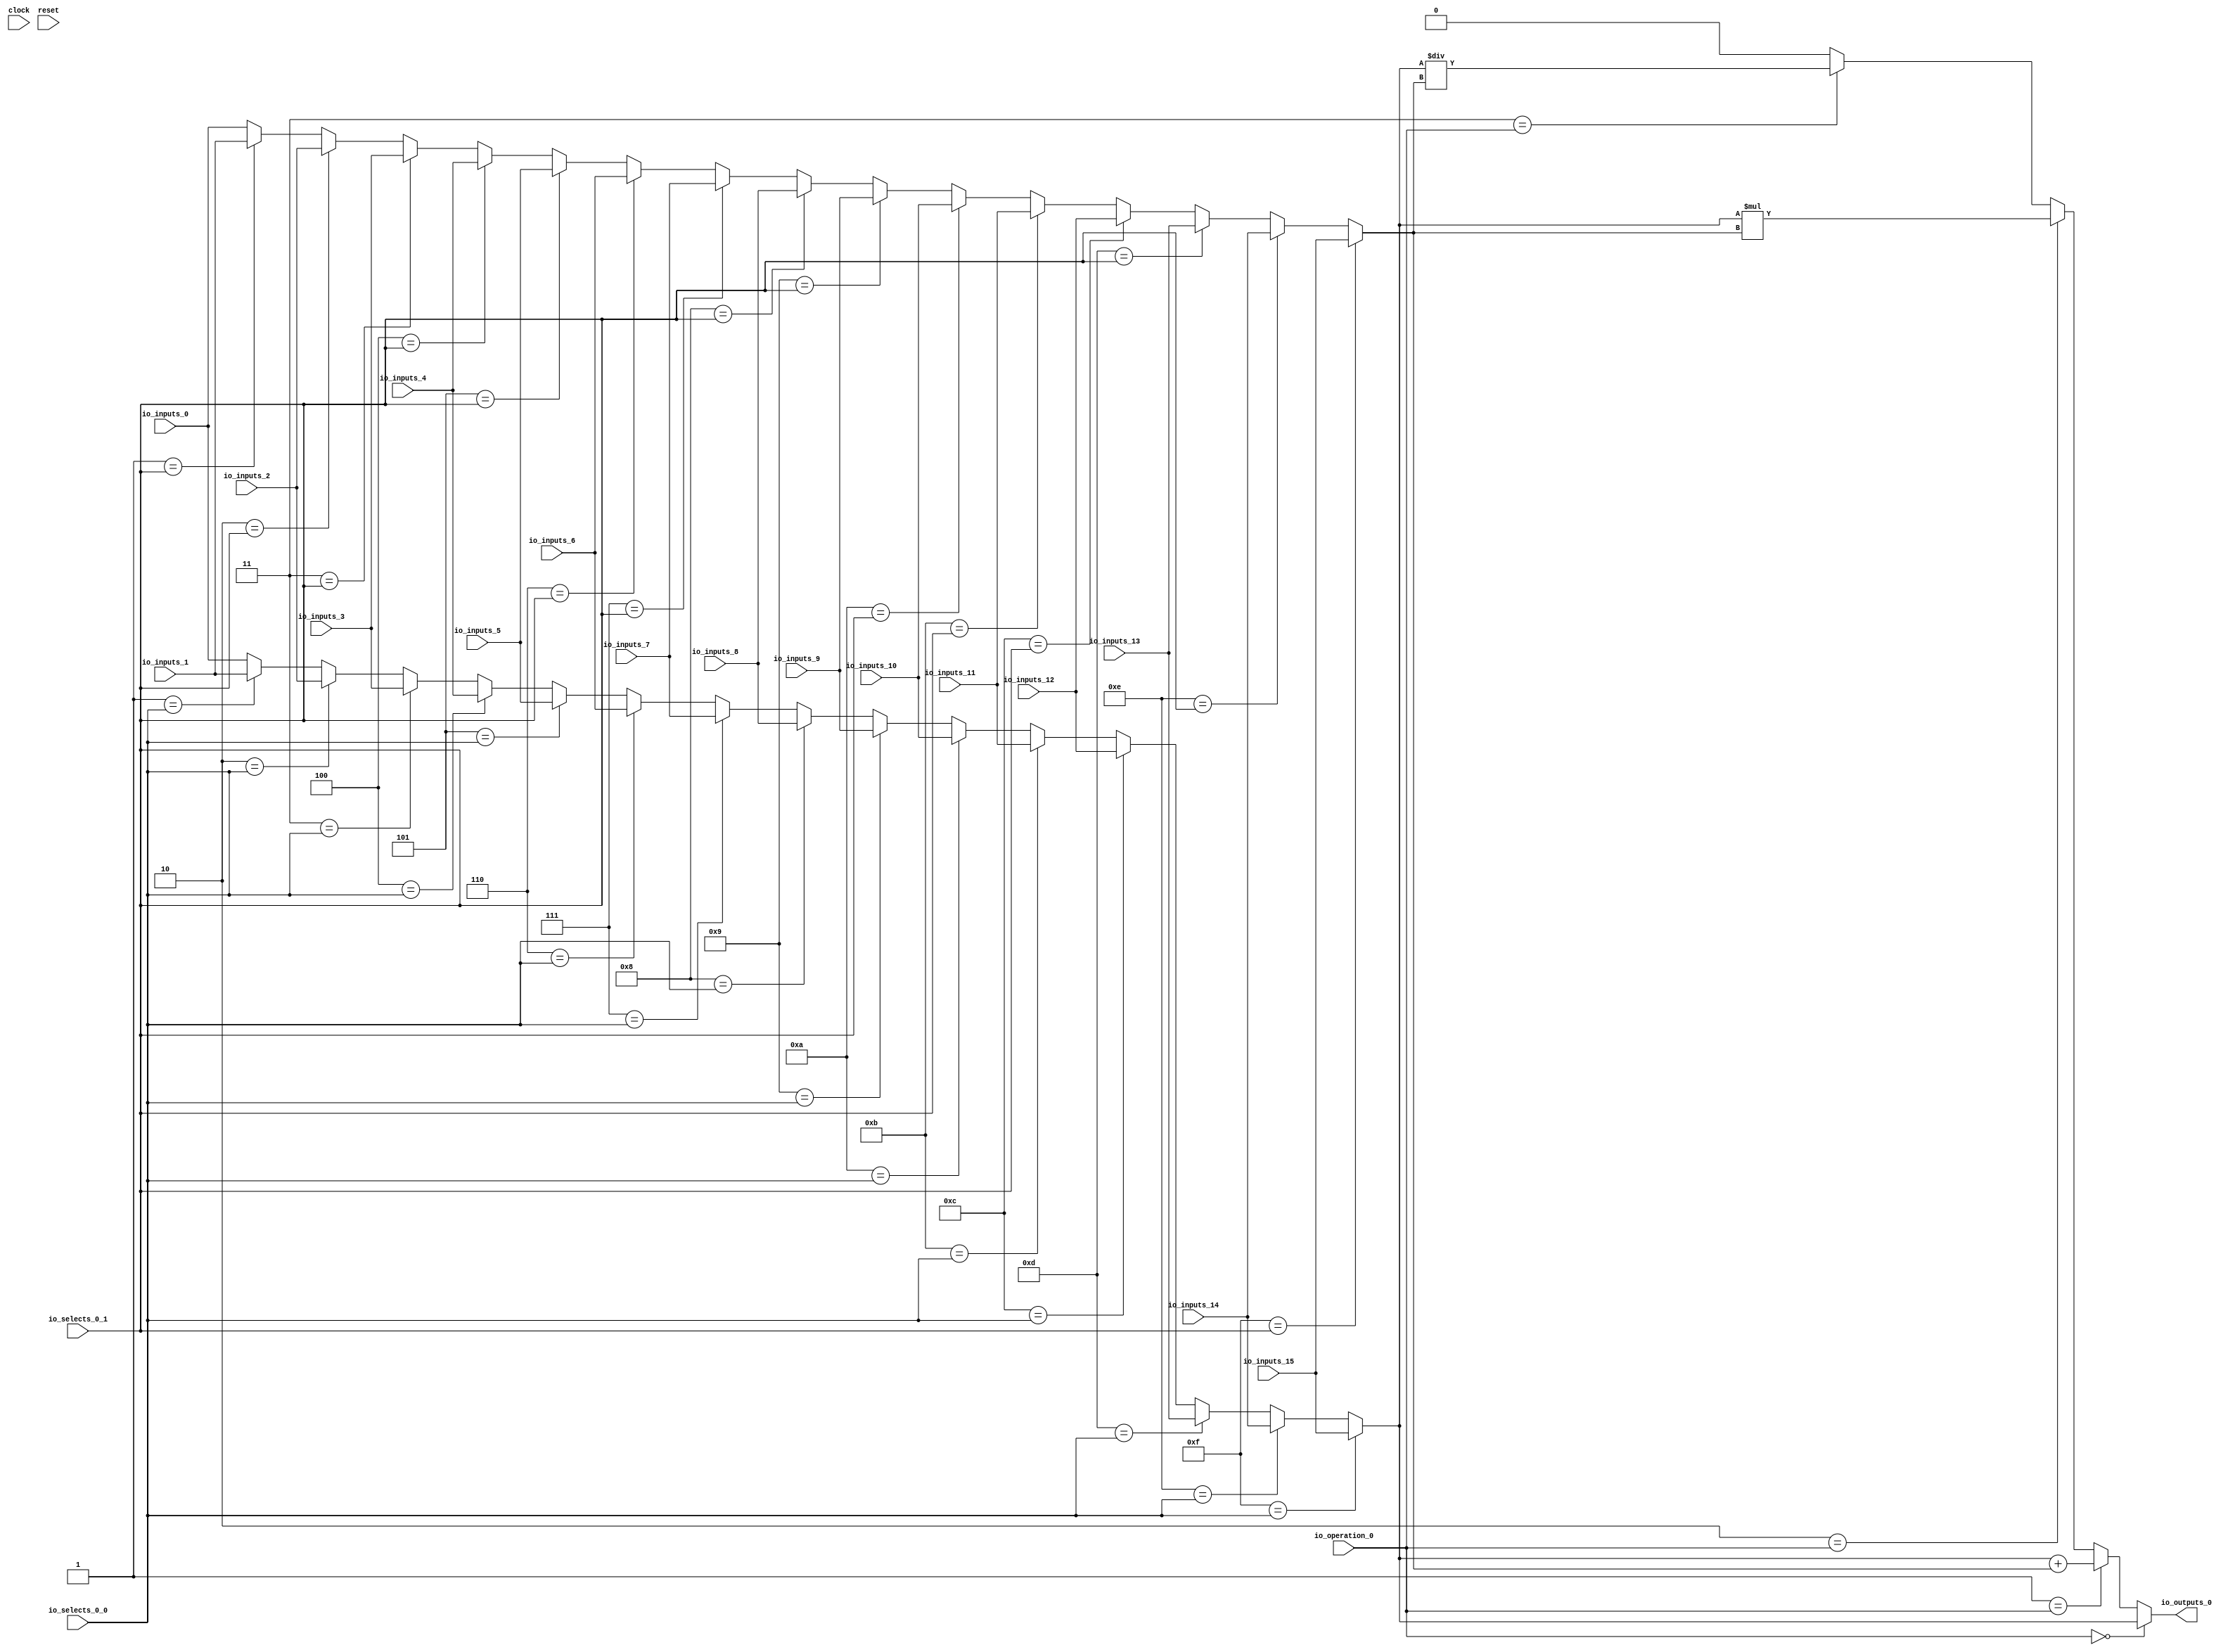
module MuxTest_width_1_inputs_16_outputs_1_pipeline_0( // @[:@3.2]
  input        clock, // @[:@4.4]
  input        reset, // @[:@5.4]
  input  [3:0] io_selects_0_0, // @[:@6.4]
  input  [3:0] io_selects_0_1, // @[:@6.4]
  input  [2:0] io_operation_0, // @[:@6.4]
  input        io_inputs_0, // @[:@6.4]
  input        io_inputs_1, // @[:@6.4]
  input        io_inputs_2, // @[:@6.4]
  input        io_inputs_3, // @[:@6.4]
  input        io_inputs_4, // @[:@6.4]
  input        io_inputs_5, // @[:@6.4]
  input        io_inputs_6, // @[:@6.4]
  input        io_inputs_7, // @[:@6.4]
  input        io_inputs_8, // @[:@6.4]
  input        io_inputs_9, // @[:@6.4]
  input        io_inputs_10, // @[:@6.4]
  input        io_inputs_11, // @[:@6.4]
  input        io_inputs_12, // @[:@6.4]
  input        io_inputs_13, // @[:@6.4]
  input        io_inputs_14, // @[:@6.4]
  input        io_inputs_15, // @[:@6.4]
  output       io_outputs_0 // @[:@6.4]
);
  wire  _GEN_1; // @[MuxTest_width_1_inputs_16_outputs_1_pipeline_0s.scala 32:53:@8.4]
  wire  _GEN_2; // @[MuxTest_width_1_inputs_16_outputs_1_pipeline_0s.scala 32:53:@8.4]
  wire  _GEN_3; // @[MuxTest_width_1_inputs_16_outputs_1_pipeline_0s.scala 32:53:@8.4]
  wire  _GEN_4; // @[MuxTest_width_1_inputs_16_outputs_1_pipeline_0s.scala 32:53:@8.4]
  wire  _GEN_5; // @[MuxTest_width_1_inputs_16_outputs_1_pipeline_0s.scala 32:53:@8.4]
  wire  _GEN_6; // @[MuxTest_width_1_inputs_16_outputs_1_pipeline_0s.scala 32:53:@8.4]
  wire  _GEN_7; // @[MuxTest_width_1_inputs_16_outputs_1_pipeline_0s.scala 32:53:@8.4]
  wire  _GEN_8; // @[MuxTest_width_1_inputs_16_outputs_1_pipeline_0s.scala 32:53:@8.4]
  wire  _GEN_9; // @[MuxTest_width_1_inputs_16_outputs_1_pipeline_0s.scala 32:53:@8.4]
  wire  _GEN_10; // @[MuxTest_width_1_inputs_16_outputs_1_pipeline_0s.scala 32:53:@8.4]
  wire  _GEN_11; // @[MuxTest_width_1_inputs_16_outputs_1_pipeline_0s.scala 32:53:@8.4]
  wire  _GEN_12; // @[MuxTest_width_1_inputs_16_outputs_1_pipeline_0s.scala 32:53:@8.4]
  wire  _GEN_13; // @[MuxTest_width_1_inputs_16_outputs_1_pipeline_0s.scala 32:53:@8.4]
  wire  _GEN_14; // @[MuxTest_width_1_inputs_16_outputs_1_pipeline_0s.scala 32:53:@8.4]
  wire  _GEN_15; // @[MuxTest_width_1_inputs_16_outputs_1_pipeline_0s.scala 32:53:@8.4]
  wire  _GEN_17; // @[MuxTest_width_1_inputs_16_outputs_1_pipeline_0s.scala 32:53:@8.4]
  wire  _GEN_18; // @[MuxTest_width_1_inputs_16_outputs_1_pipeline_0s.scala 32:53:@8.4]
  wire  _GEN_19; // @[MuxTest_width_1_inputs_16_outputs_1_pipeline_0s.scala 32:53:@8.4]
  wire  _GEN_20; // @[MuxTest_width_1_inputs_16_outputs_1_pipeline_0s.scala 32:53:@8.4]
  wire  _GEN_21; // @[MuxTest_width_1_inputs_16_outputs_1_pipeline_0s.scala 32:53:@8.4]
  wire  _GEN_22; // @[MuxTest_width_1_inputs_16_outputs_1_pipeline_0s.scala 32:53:@8.4]
  wire  _GEN_23; // @[MuxTest_width_1_inputs_16_outputs_1_pipeline_0s.scala 32:53:@8.4]
  wire  _GEN_24; // @[MuxTest_width_1_inputs_16_outputs_1_pipeline_0s.scala 32:53:@8.4]
  wire  _GEN_25; // @[MuxTest_width_1_inputs_16_outputs_1_pipeline_0s.scala 32:53:@8.4]
  wire  _GEN_26; // @[MuxTest_width_1_inputs_16_outputs_1_pipeline_0s.scala 32:53:@8.4]
  wire  _GEN_27; // @[MuxTest_width_1_inputs_16_outputs_1_pipeline_0s.scala 32:53:@8.4]
  wire  _GEN_28; // @[MuxTest_width_1_inputs_16_outputs_1_pipeline_0s.scala 32:53:@8.4]
  wire  _GEN_29; // @[MuxTest_width_1_inputs_16_outputs_1_pipeline_0s.scala 32:53:@8.4]
  wire  _GEN_30; // @[MuxTest_width_1_inputs_16_outputs_1_pipeline_0s.scala 32:53:@8.4]
  wire  _GEN_31; // @[MuxTest_width_1_inputs_16_outputs_1_pipeline_0s.scala 32:53:@8.4]
  wire [1:0] _T_152; // @[MuxTest_width_1_inputs_16_outputs_1_pipeline_0s.scala 32:53:@8.4]
  wire  _T_153; // @[MuxTest_width_1_inputs_16_outputs_1_pipeline_0s.scala 32:53:@9.4]
  wire [1:0] _T_155; // @[MuxTest_width_1_inputs_16_outputs_1_pipeline_0s.scala 33:58:@10.4]
  wire  _T_157; // @[MuxTest_width_1_inputs_16_outputs_1_pipeline_0s.scala 34:56:@11.4]
  wire  _T_158; // @[Mux.scala 46:19:@12.4]
  wire  _T_159; // @[Mux.scala 46:16:@13.4]
  wire  _T_160; // @[Mux.scala 46:19:@14.4]
  wire [1:0] _T_161; // @[Mux.scala 46:16:@15.4]
  wire  _T_162; // @[Mux.scala 46:19:@16.4]
  wire [1:0] _T_163; // @[Mux.scala 46:16:@17.4]
  wire  _T_164; // @[Mux.scala 46:19:@18.4]
  wire [1:0] _T_165; // @[Mux.scala 46:16:@19.4]
  assign _GEN_1 = 4'h1 == io_selects_0_0 ? io_inputs_1 : io_inputs_0; // @[MuxTest_width_1_inputs_16_outputs_1_pipeline_0s.scala 32:53:@8.4]
  assign _GEN_2 = 4'h2 == io_selects_0_0 ? io_inputs_2 : _GEN_1; // @[MuxTest_width_1_inputs_16_outputs_1_pipeline_0s.scala 32:53:@8.4]
  assign _GEN_3 = 4'h3 == io_selects_0_0 ? io_inputs_3 : _GEN_2; // @[MuxTest_width_1_inputs_16_outputs_1_pipeline_0s.scala 32:53:@8.4]
  assign _GEN_4 = 4'h4 == io_selects_0_0 ? io_inputs_4 : _GEN_3; // @[MuxTest_width_1_inputs_16_outputs_1_pipeline_0s.scala 32:53:@8.4]
  assign _GEN_5 = 4'h5 == io_selects_0_0 ? io_inputs_5 : _GEN_4; // @[MuxTest_width_1_inputs_16_outputs_1_pipeline_0s.scala 32:53:@8.4]
  assign _GEN_6 = 4'h6 == io_selects_0_0 ? io_inputs_6 : _GEN_5; // @[MuxTest_width_1_inputs_16_outputs_1_pipeline_0s.scala 32:53:@8.4]
  assign _GEN_7 = 4'h7 == io_selects_0_0 ? io_inputs_7 : _GEN_6; // @[MuxTest_width_1_inputs_16_outputs_1_pipeline_0s.scala 32:53:@8.4]
  assign _GEN_8 = 4'h8 == io_selects_0_0 ? io_inputs_8 : _GEN_7; // @[MuxTest_width_1_inputs_16_outputs_1_pipeline_0s.scala 32:53:@8.4]
  assign _GEN_9 = 4'h9 == io_selects_0_0 ? io_inputs_9 : _GEN_8; // @[MuxTest_width_1_inputs_16_outputs_1_pipeline_0s.scala 32:53:@8.4]
  assign _GEN_10 = 4'ha == io_selects_0_0 ? io_inputs_10 : _GEN_9; // @[MuxTest_width_1_inputs_16_outputs_1_pipeline_0s.scala 32:53:@8.4]
  assign _GEN_11 = 4'hb == io_selects_0_0 ? io_inputs_11 : _GEN_10; // @[MuxTest_width_1_inputs_16_outputs_1_pipeline_0s.scala 32:53:@8.4]
  assign _GEN_12 = 4'hc == io_selects_0_0 ? io_inputs_12 : _GEN_11; // @[MuxTest_width_1_inputs_16_outputs_1_pipeline_0s.scala 32:53:@8.4]
  assign _GEN_13 = 4'hd == io_selects_0_0 ? io_inputs_13 : _GEN_12; // @[MuxTest_width_1_inputs_16_outputs_1_pipeline_0s.scala 32:53:@8.4]
  assign _GEN_14 = 4'he == io_selects_0_0 ? io_inputs_14 : _GEN_13; // @[MuxTest_width_1_inputs_16_outputs_1_pipeline_0s.scala 32:53:@8.4]
  assign _GEN_15 = 4'hf == io_selects_0_0 ? io_inputs_15 : _GEN_14; // @[MuxTest_width_1_inputs_16_outputs_1_pipeline_0s.scala 32:53:@8.4]
  assign _GEN_17 = 4'h1 == io_selects_0_1 ? io_inputs_1 : io_inputs_0; // @[MuxTest_width_1_inputs_16_outputs_1_pipeline_0s.scala 32:53:@8.4]
  assign _GEN_18 = 4'h2 == io_selects_0_1 ? io_inputs_2 : _GEN_17; // @[MuxTest_width_1_inputs_16_outputs_1_pipeline_0s.scala 32:53:@8.4]
  assign _GEN_19 = 4'h3 == io_selects_0_1 ? io_inputs_3 : _GEN_18; // @[MuxTest_width_1_inputs_16_outputs_1_pipeline_0s.scala 32:53:@8.4]
  assign _GEN_20 = 4'h4 == io_selects_0_1 ? io_inputs_4 : _GEN_19; // @[MuxTest_width_1_inputs_16_outputs_1_pipeline_0s.scala 32:53:@8.4]
  assign _GEN_21 = 4'h5 == io_selects_0_1 ? io_inputs_5 : _GEN_20; // @[MuxTest_width_1_inputs_16_outputs_1_pipeline_0s.scala 32:53:@8.4]
  assign _GEN_22 = 4'h6 == io_selects_0_1 ? io_inputs_6 : _GEN_21; // @[MuxTest_width_1_inputs_16_outputs_1_pipeline_0s.scala 32:53:@8.4]
  assign _GEN_23 = 4'h7 == io_selects_0_1 ? io_inputs_7 : _GEN_22; // @[MuxTest_width_1_inputs_16_outputs_1_pipeline_0s.scala 32:53:@8.4]
  assign _GEN_24 = 4'h8 == io_selects_0_1 ? io_inputs_8 : _GEN_23; // @[MuxTest_width_1_inputs_16_outputs_1_pipeline_0s.scala 32:53:@8.4]
  assign _GEN_25 = 4'h9 == io_selects_0_1 ? io_inputs_9 : _GEN_24; // @[MuxTest_width_1_inputs_16_outputs_1_pipeline_0s.scala 32:53:@8.4]
  assign _GEN_26 = 4'ha == io_selects_0_1 ? io_inputs_10 : _GEN_25; // @[MuxTest_width_1_inputs_16_outputs_1_pipeline_0s.scala 32:53:@8.4]
  assign _GEN_27 = 4'hb == io_selects_0_1 ? io_inputs_11 : _GEN_26; // @[MuxTest_width_1_inputs_16_outputs_1_pipeline_0s.scala 32:53:@8.4]
  assign _GEN_28 = 4'hc == io_selects_0_1 ? io_inputs_12 : _GEN_27; // @[MuxTest_width_1_inputs_16_outputs_1_pipeline_0s.scala 32:53:@8.4]
  assign _GEN_29 = 4'hd == io_selects_0_1 ? io_inputs_13 : _GEN_28; // @[MuxTest_width_1_inputs_16_outputs_1_pipeline_0s.scala 32:53:@8.4]
  assign _GEN_30 = 4'he == io_selects_0_1 ? io_inputs_14 : _GEN_29; // @[MuxTest_width_1_inputs_16_outputs_1_pipeline_0s.scala 32:53:@8.4]
  assign _GEN_31 = 4'hf == io_selects_0_1 ? io_inputs_15 : _GEN_30; // @[MuxTest_width_1_inputs_16_outputs_1_pipeline_0s.scala 32:53:@8.4]
  assign _T_152 = _GEN_15 + _GEN_31; // @[MuxTest_width_1_inputs_16_outputs_1_pipeline_0s.scala 32:53:@8.4]
  assign _T_153 = _GEN_15 + _GEN_31; // @[MuxTest_width_1_inputs_16_outputs_1_pipeline_0s.scala 32:53:@9.4]
  assign _T_155 = _GEN_15 * _GEN_31; // @[MuxTest_width_1_inputs_16_outputs_1_pipeline_0s.scala 33:58:@10.4]
  assign _T_157 = _GEN_15 / _GEN_31; // @[MuxTest_width_1_inputs_16_outputs_1_pipeline_0s.scala 34:56:@11.4]
  assign _T_158 = 3'h3 == io_operation_0; // @[Mux.scala 46:19:@12.4]
  assign _T_159 = _T_158 ? _T_157 : 1'h0; // @[Mux.scala 46:16:@13.4]
  assign _T_160 = 3'h2 == io_operation_0; // @[Mux.scala 46:19:@14.4]
  assign _T_161 = _T_160 ? _T_155 : {{1'd0}, _T_159}; // @[Mux.scala 46:16:@15.4]
  assign _T_162 = 3'h1 == io_operation_0; // @[Mux.scala 46:19:@16.4]
  assign _T_163 = _T_162 ? {{1'd0}, _T_153} : _T_161; // @[Mux.scala 46:16:@17.4]
  assign _T_164 = 3'h0 == io_operation_0; // @[Mux.scala 46:19:@18.4]
  assign _T_165 = _T_164 ? {{1'd0}, _GEN_15} : _T_163; // @[Mux.scala 46:16:@19.4]
  assign io_outputs_0 = _T_165[0]; // @[MuxTest_width_1_inputs_16_outputs_1_pipeline_0s.scala 23:14:@20.4]
endmodule